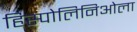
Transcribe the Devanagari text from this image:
हिस्पोलिनिओला